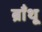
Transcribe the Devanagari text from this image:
ब्राँथू